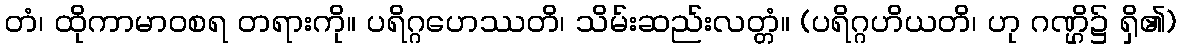
တံ၊ ထိုကာမာဝစရ တရားကို။ ပရိဂ္ဂဟေဿတိ၊ သိမ်းဆည်းလတ္တံ။ (ပရိဂ္ဂဟိယတိ၊ ဟု ဂဏ္ဌိ၌ ရှိ၏)